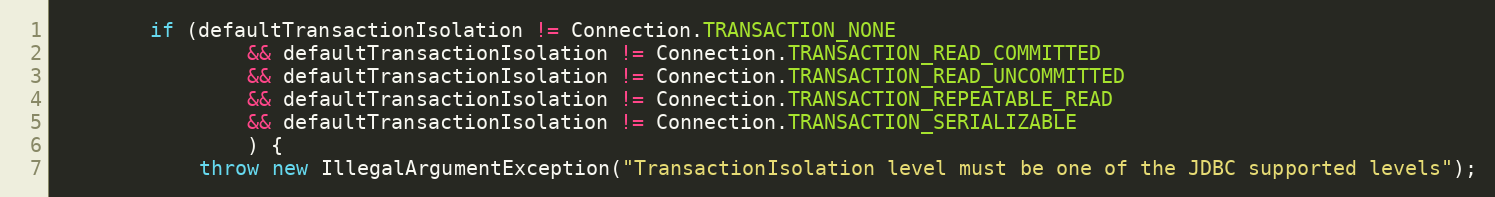
Language: Java
        if (defaultTransactionIsolation != Connection.TRANSACTION_NONE
                && defaultTransactionIsolation != Connection.TRANSACTION_READ_COMMITTED
                && defaultTransactionIsolation != Connection.TRANSACTION_READ_UNCOMMITTED
                && defaultTransactionIsolation != Connection.TRANSACTION_REPEATABLE_READ
                && defaultTransactionIsolation != Connection.TRANSACTION_SERIALIZABLE
                ) {
            throw new IllegalArgumentException("TransactionIsolation level must be one of the JDBC supported levels");